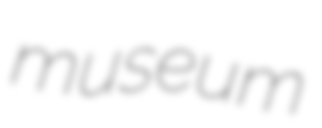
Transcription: museum